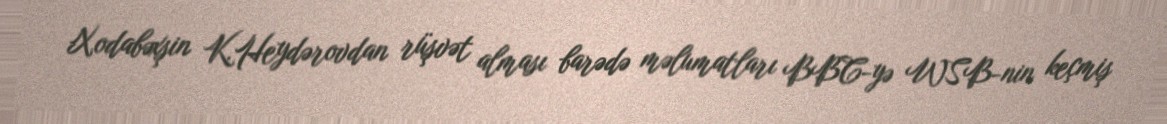
Xodabəxşin K.Heydərovdan rüşvət alması barədə məlumatları BBC-yə WSB-nin keçmiş